Annual administration and progress report of the Indian Medical Department, Bombay
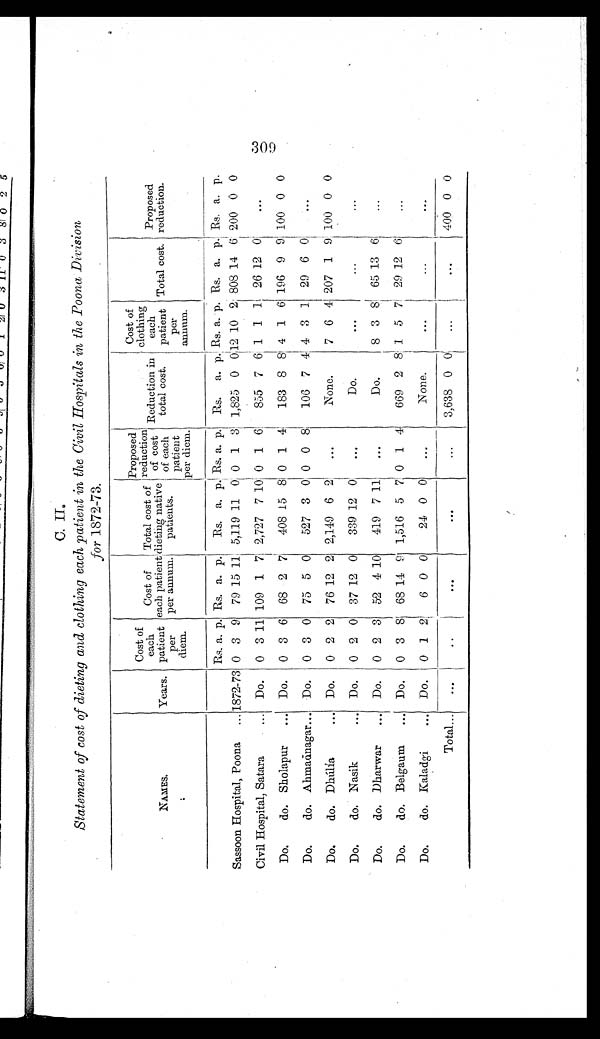
C. II.
Statement of cost of dieting and clothing each patient in the Civil Hospitals in the Poona Division
for 1872-73.
NAMES.
Years.
Cost of
each
patient
per
diem.
Cost of
each patient
per annum.
Total cost of
dieting native
patients.
Proposed
reduction
of cost
of each
patient
p e r d i e m .
Reduction in
total cost.
Cost of
clothing each
patient
per
annum.
Total cost.
Proposed
reduction.
Rs. a. p. Rs. a. p.
Rs.
a. p. Rs. a. p.
Rs.
a.
p. Rs. a. p. Rs. a. p. Rs. a. p.
Sassoon Hospital, Poona . . . 1872-73 0
3
9
79 15 11 5,119 11
0 0
1
3 1,825
0
0 12 10
2 808 14
6 200
0
0
Civil Hospital, Satara . . .
Do.
0
3 11 109
1
71 2,727
7 10 0
1
6
855
7
6 1
1
1
26 12
0
. . .
Do. do. Sholapur . . .
Do.
0
3
6
68
2
7
408 15
8 0
1
4
183
8
8 4
1
6 196
9
9 100
0
0
Do. do. Ahmadnagar . . .
Do.
0
3
0
75
5
0
527
3
0 0
0
8
106
7 4 4
3
1
29
6
0
. . .
Do. do. Dhúlía . . .
Do.
0 2
2
76 12 2 2,149
6
2
. . .
None.
7
6
4 207
1
9 100
0
0
Do. do. Nasik . . .
Do.
0
2
0
37 12
0
339 12
0
. . .
Do.
. . .
. . .
. . .
Do. do. Dharwar . . .
Do.
0 2
3
52
4 10
419
7 11
. . .
Do.
8
3
8
65
1 3 6
. . .
Do. do. Belgaum . . . Do.
0
3
8
68 14 9
1,516
5
7 0
1
4
669
2
8 1
5
7
29 12
6
. . .
Do. do. Kaladgi . . .
Do.
0
1
2
6 0
0
24 0
0
. . .
None.
. . .
. . .
. . .
Total . . .
. . .
. . .
. . .
. . .
. . . 3,638
0
0
. . .
. . .
400
0
0
309